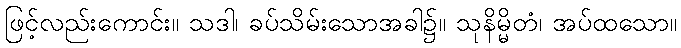
ဖြင့်လည်းကောင်း။ သဒါ၊ ခပ်သိမ်းသောအခါ၌။ သုနိမ္မိတံ၊ အပ်ထသော။